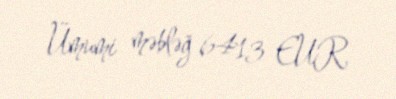
Ümumi məbləğ 6413 EUR